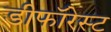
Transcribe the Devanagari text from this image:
डीफॉरेस्ट